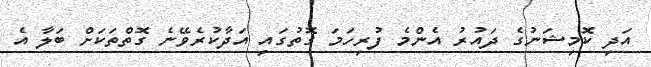
އަދި ކޮމިޝަނުގެ ދައުރު އެންމެ ފުރިހަމަ ގޮތުގައި އަދާކުރެވޭނެ ގޮތްތަކަށް ބަލާ އެ